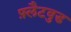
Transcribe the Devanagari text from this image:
फ़्लैटवुड